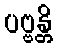
ပဗ္ဗန္တိ